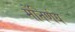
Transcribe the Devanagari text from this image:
मेंनिर्णय